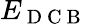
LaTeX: E_{\mathrm{~D~C~B~}}